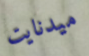
ميدنايت